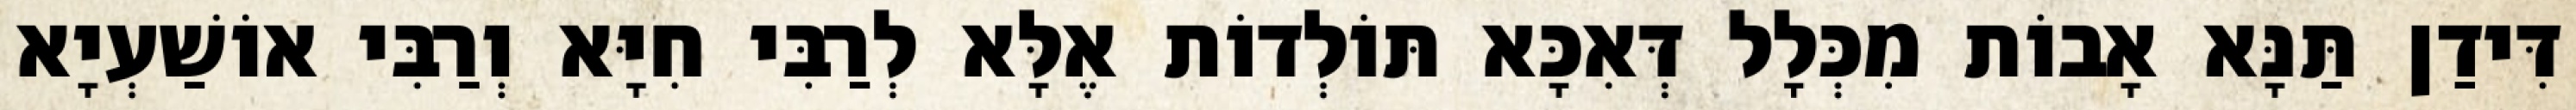
דִּידַן תַּנָּא אָבוֹת מִכְּלָל דְּאִכָּא תּוֹלְדוֹת אֶלָּא לְרַבִּי חִיָּא וְרַבִּי אוֹשַׁעְיָא